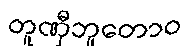
တူဏှီဘူတောဝ